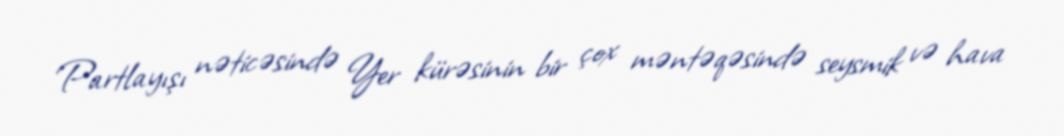
Partlayışı nəticəsində Yer kürəsinin bir çox məntəqəsində seysmik və hava